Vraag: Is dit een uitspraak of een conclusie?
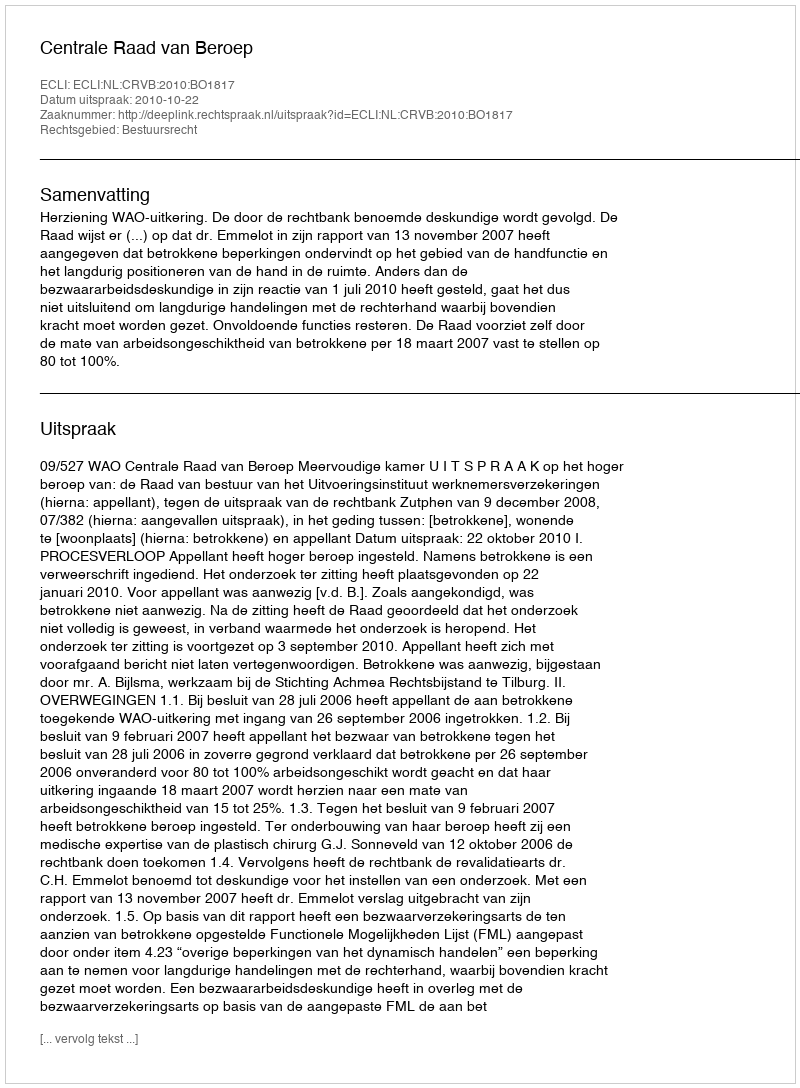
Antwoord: Uitspraak